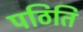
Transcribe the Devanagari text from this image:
पठिति